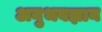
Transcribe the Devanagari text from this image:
अनुभवज्ञान